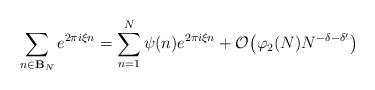
LaTeX: \begin{align*}\sum_{n\in\mathbf{B}_N}e^{2\pi i \xi n}=\sum_{n=1}^N\psi(n)e^{2\pi i \xi n}+\mathcal O\big(\varphi_2(N)N^{-\delta-\delta'}\big)\end{align*}